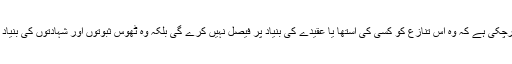
اس معاملے میں عدالت پہلے ہی واضح کرچکی ہے کہ وہ اس تنازع کو کسی کی آستھا یا عقیدے کی بنیاد پر فیصل نہیں کرے گی بلکہ وہ ٹھوس ثبوتوں اور شہادتوں کی بنیاد پر حق ملکیت کا فیصلہ صادر کرے گی۔